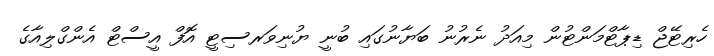
ހެރިޓޭޖް ޑިޕާޓްމަންޓުން މިއަދު ނެރުނު ބަޔާނުގައި ބުނީ ޔުނިވަރސިޓީ އޮފް އީސްޓް އެންގްލިއާގެ